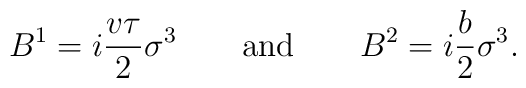
B^1=i{ v \tau\over 2} \sigma^3 \qquad {\rm and} \qquad B^ 2 =i{b \over 2}  \sigma^3 .